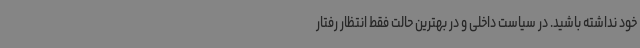
خود نداشته باشید. در سیاست داخلی و در بهترین حالت فقط انتظار رفتار